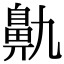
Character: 鼽